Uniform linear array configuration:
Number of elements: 24
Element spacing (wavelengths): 0.25
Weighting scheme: hamming
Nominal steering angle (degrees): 45
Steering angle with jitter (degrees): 43.143
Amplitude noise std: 0.05
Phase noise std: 0.05

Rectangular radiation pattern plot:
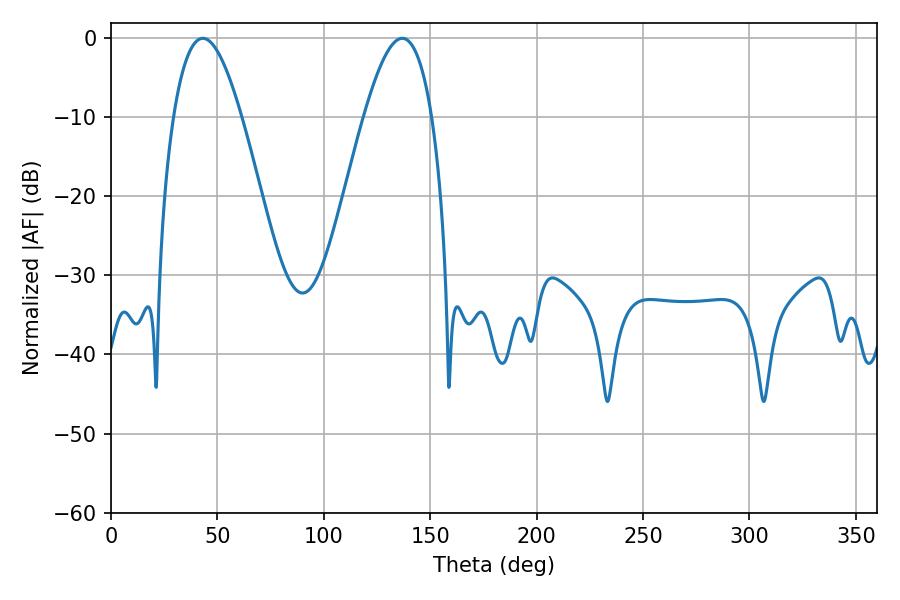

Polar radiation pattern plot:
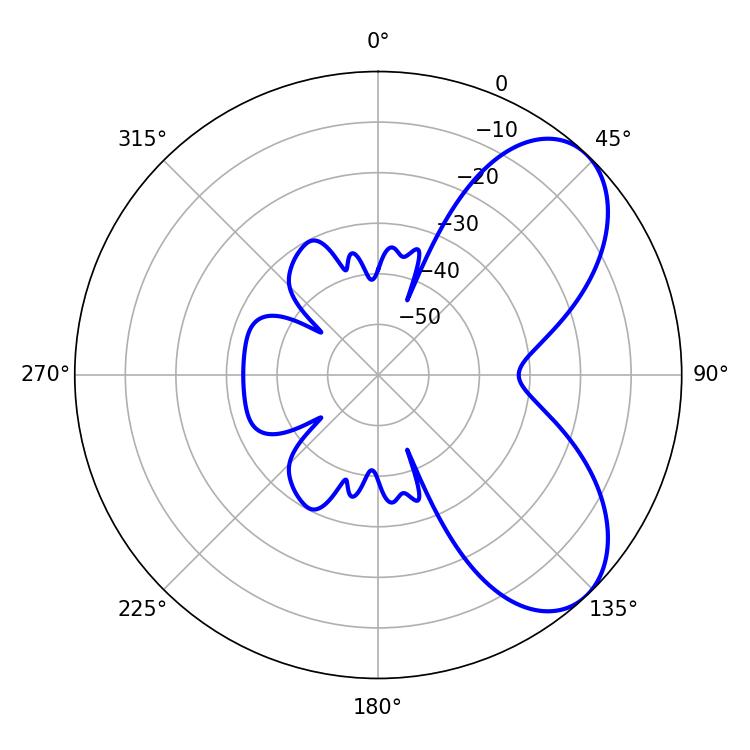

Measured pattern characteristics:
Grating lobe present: FALSE
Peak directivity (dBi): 6.419
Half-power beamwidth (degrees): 17.46
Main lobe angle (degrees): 43.2